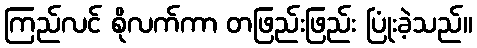
ကြည်လင် စိုလက်ကာ တဖြည်းဖြည်း ပြုံးခဲ့သည်။